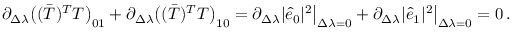
\begin{array} { r l } & { \partial _ { \Delta \lambda } \big ( ( \bar { T } ) ^ { T } T \big ) _ { 0 1 } + \partial _ { \Delta \lambda } \big ( ( \bar { T } ) ^ { T } T \big ) _ { 1 0 } = \partial _ { \Delta \lambda } \vert \hat { e } _ { 0 } \vert ^ { 2 } \big \rvert _ { \Delta \lambda = 0 } + \partial _ { \Delta \lambda } \vert \hat { e } _ { 1 } \vert ^ { 2 } \big \rvert _ { \Delta \lambda = 0 } = 0 \, . } \end{array}